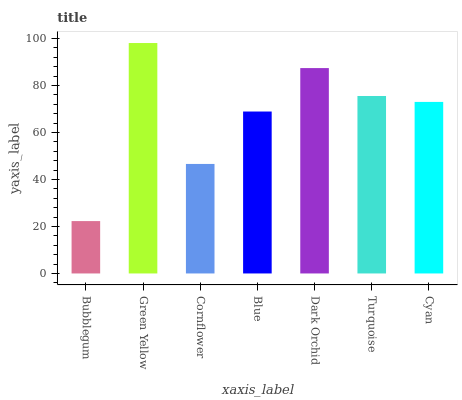
| xaxis_label | bars |
 | --- | --- |
 | Bubblegum | 22.3 |
 | Green Yellow | 98.1 |
 | Cornflower | 46.6 |
 | Blue | 68.9 |
 | Dark Orchid | 87.4 |
 | Turquoise | 75.5 |
 | Cyan | 73 |